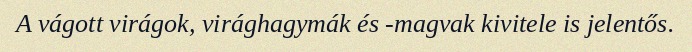
A vágott virágok, virághagymák és -magvak kivitele is jelentős.